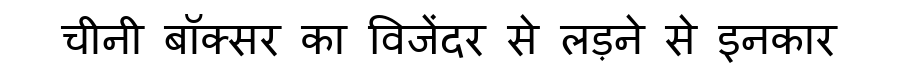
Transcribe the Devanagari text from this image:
चीनी बॉक्सर का विजेंदर से लड़ने से इनकार